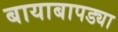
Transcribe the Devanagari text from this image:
बायाबापड्या